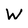
Character: W